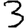
Digit: 3